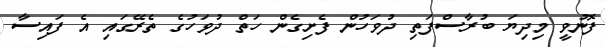
ފޮނުވީ މިދިޔަ ބުރާސްފަތި ދުވަހުން ފެށިގެން ހަތް ދުވަހުގެ ތެރޭގައި އެ ފައިސާ